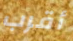
أقرب